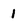
Character: 1